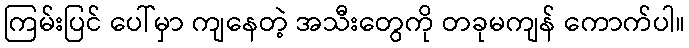
ကြမ်းပြင် ပေါ်မှာ ကျနေတဲ့ အသီးတွေကို တခုမကျန် ကောက်ပါ။